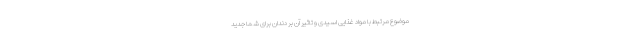
موضوع مرتبط با مواد غذایی اسیدی و تاثیر آن بر دندان برای شما جدید